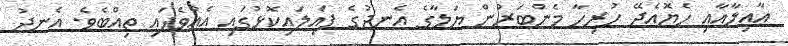
ޢާއިލާއާއި ހެޔޮއެދޭ ހުރިހާ މެންބަރުން ޔަލާގެ އެނދުގެ ފައިލައިކޮޅުގައި އެއްވެފައި ތިއްބެވެ. އެނދު